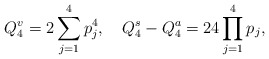
\begin{align*}Q_4^v=2\sum_{j=1}^4p_j^4,\quad Q_4^s-Q_4^a=24\prod_{j=1}^4p_j,\end{align*}